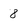
Character: 8